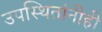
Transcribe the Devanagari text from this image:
उपस्थितांनीही